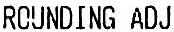
ROUNDING ADJ